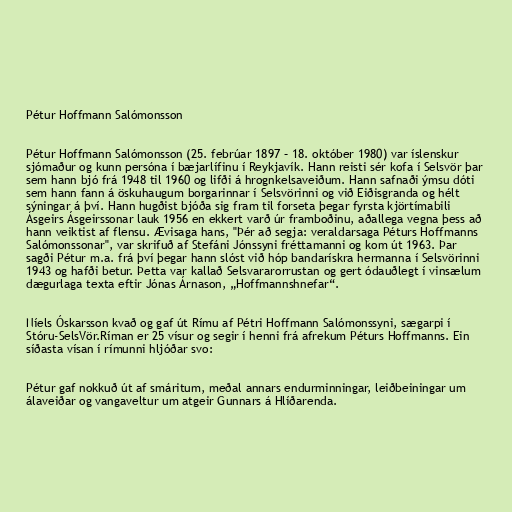
Pétur Hoffmann Salómonsson

Pétur Hoffmann Salómonsson (25. febrúar 1897 – 18. október 1980) var íslenskur
sjómaður og kunn persóna í bæjarlífinu í Reykjavík. Hann reisti sér kofa í Selsvör þar
sem hann bjó frá 1948 til 1960 og lifði á hrognkelsaveiðum. Hann safnaði ýmsu dóti
sem hann fann á öskuhaugum borgarinnar í Selsvörinni og við Eiðisgranda og hélt
sýningar á því. Hann hugðist bjóða sig fram til forseta þegar fyrsta kjörtímabili
Ásgeirs Ásgeirssonar lauk 1956 en ekkert varð úr framboðinu, aðallega vegna þess að
hann veiktist af flensu. Ævisaga hans, "Þér að segja: veraldarsaga Péturs Hoffmanns
Salómonssonar", var skrifuð af Stefáni Jónssyni fréttamanni og kom út 1963. Þar
sagði Pétur m.a. frá því þegar hann slóst við hóp bandarískra hermanna í Selsvörinni
1943 og hafði betur. Þetta var kallað Selsvararorrustan og gert ódauðlegt í vinsælum
dægurlaga texta eftir Jónas Árnason, „Hoffmannshnefar“.

Níels Óskarsson kvað og gaf út Rímu af Pétri Hoffmann Salómonssyni, sægarpi í
Stóru-SelsVör.Ríman er 25 vísur og segir í henni frá afrekum Péturs Hoffmanns. Ein
síðasta vísan í rímunni hljóðar svo:

Pétur gaf nokkuð út af smáritum, meðal annars endurminningar, leiðbeiningar um
álaveiðar og vangaveltur um atgeir Gunnars á Hlíðarenda.